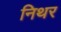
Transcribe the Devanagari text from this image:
निथर